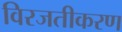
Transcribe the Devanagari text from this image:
विरजतीकरण